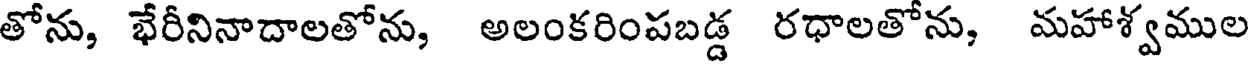
తోను, భేరీనినాదాలతోను, అలంకరింపబడ్డ రధాలతోను, మహాశ్వముల